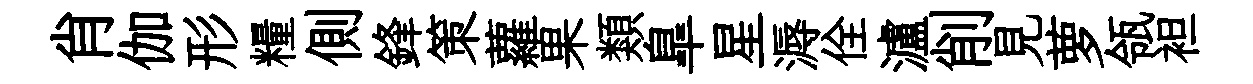
肖伽形糧側鋒策蘿果類臯星溽佺瀘削見萝瓴袒